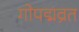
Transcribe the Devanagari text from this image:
गोपद्मव्रत